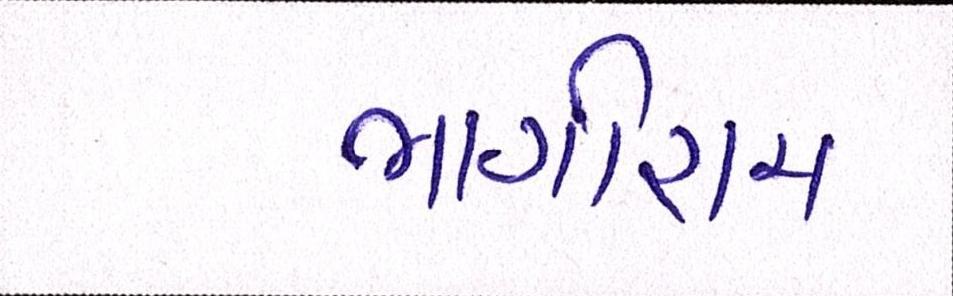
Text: ભાગીરામ